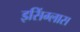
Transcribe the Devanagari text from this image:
इसिंग्लास